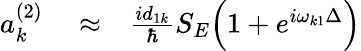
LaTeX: \begin{array}{rlr}{a_{k}^{(2)}}&{{}\approx}&{\frac{id_{1k}}{\hbar}S_{E}\Big(1+e^{i\omega_{k1}\Delta}\Big)}\end{array}